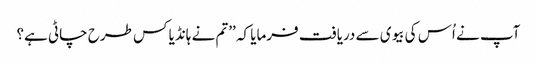
آپ نے اُس کی بیوی سے دریافت فرمایا کہ ’’تم نے ہانڈیا کس طرح چاٹی ہے؟